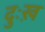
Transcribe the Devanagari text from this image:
दुःख़